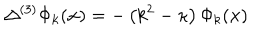
\Delta ^ { ( 3 ) } \Phi _ { k } ( { \bf x } ) = - \left( k ^ { 2 } - \kappa \right) \Phi _ { k } ( { \bf x } )